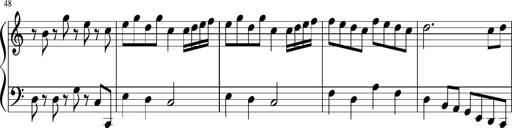
Title: Sonatine Nr.1 in C-Dur
Composer: DÃ©sirÃ©e Manns
Key: C major